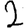
Digit: 2